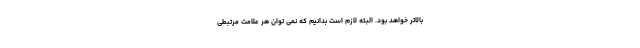
بالاتر خواهد بود. البته لازم است بدانیم که نمی توان هر علامت مرتبطی